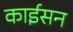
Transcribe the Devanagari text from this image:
काईसन